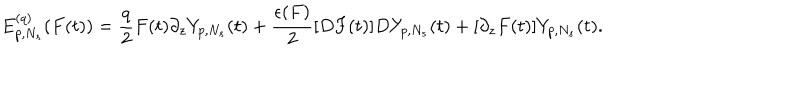
E _ { p , N _ { s } } ^ { ( q ) } ( F ( t ) ) = \frac { q } { 2 } F ( t ) \partial _ { z } Y _ { p , N _ { s } } ( t ) + \frac { \epsilon ( F ) } { 2 } [ D F ( t ) ] D Y _ { p , N _ { s } } ( t ) + [ \partial _ { z } F ( t ) ] Y _ { p , N _ { s } } ( t ) .